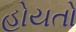
હોયતો